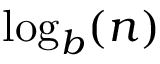
\log _ { b } ( n )